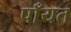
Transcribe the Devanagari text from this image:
पाँयत